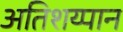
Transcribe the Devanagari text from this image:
अतिशय्पान